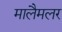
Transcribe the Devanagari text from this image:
मालैमलर